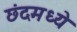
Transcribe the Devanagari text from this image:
छंदमध्ये